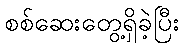
စစ်ဆေးတွေ့ရှိခဲ့ပြီး